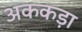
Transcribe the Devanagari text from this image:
अककड़ा